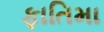
ફાતિમા